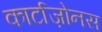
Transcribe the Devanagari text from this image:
कार्टाज़ोनस